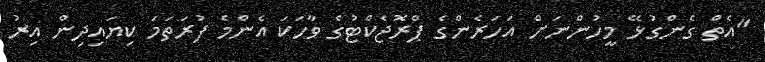
"އެތް ގެންގުޅޭ މީހުންނަށް އަހަރެންގެ ޕްރޮޖެކްޓުގެ ވާހަކަ އެންމެ ފުރަތަމަ ކިޔައިދިން އިރު